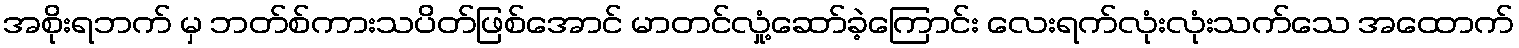
အစိုးရဘက် မှ ဘတ်စ်ကားသပိတ်ဖြစ်အောင် မာတင်လှုံ့ဆော်ခဲ့ကြောင်း လေးရက်လုံးလုံးသက်သေ အထောက်